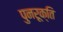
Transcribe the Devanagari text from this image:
पुनरूक्ति